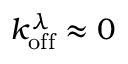
k _ { \mathrm { o f f } } ^ { \lambda } \approx 0